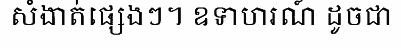
សំងាត់ផ្សេងៗ។ ឧទាហរណ៍ ដូចជា